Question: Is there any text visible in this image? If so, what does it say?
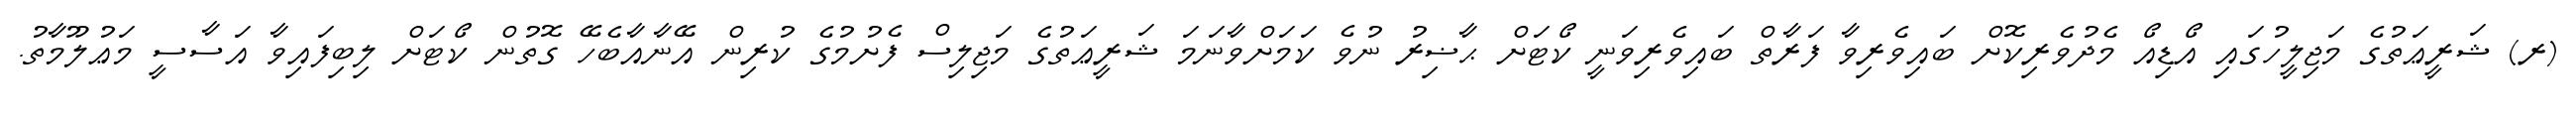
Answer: (ރ) ޝަރީޢަތުގެ މަޖިލީހުގައި އޯޑިއޯ މެދުވެރިކޮށް ބައިވެރިވާ ފަރާތް ބައިވެރިވަނީ ކޯޓަށް ޙާޟިރު ނުވެ ކަމަށްވާނަމަ ޝަރީޢަތުގެ މަޖިލިސް ފެށުމުގެ ކުރިން އޭނާއާބެހޭ ގޮތުން ކޯޓަށް ލިބިފައިވާ އަސާސީ މަޢުލޫމާތު.